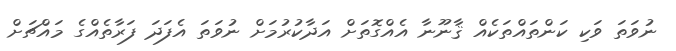
ނުވަތަ ވަކި ކަންތައްތަކެއް ޤާނޫނާ އެއްގޮތަށް އަދާކުރުމަށް ނުވަތަ އެފަދަ ފަރާތެއްގެ މައްޗަށް